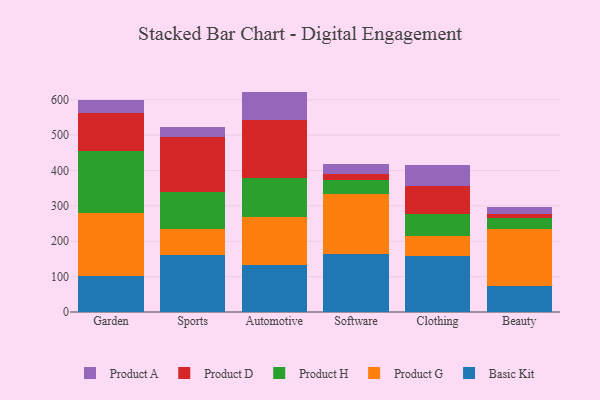
{"axis": {"x": "Category", "y": "Temperature (°C)"}, "legend": ["Basic Kit", "Product A", "Product D", "Product G", "Product H"], "data": [{"x": "Garden", "y": 101.2, "type": "Basic Kit"}, {"x": "Garden", "y": 179.0, "type": "Product G"}, {"x": "Garden", "y": 176.1, "type": "Product H"}, {"x": "Garden", "y": 107.6, "type": "Product D"}, {"x": "Garden", "y": 36.1, "type": "Product A"}, {"x": "Sports", "y": 162.0, "type": "Basic Kit"}, {"x": "Sports", "y": 71.8, "type": "Product G"}, {"x": "Sports", "y": 105.4, "type": "Product H"}, {"x": "Sports", "y": 156.8, "type": "Product D"}, {"x": "Sports", "y": 27.2, "type": "Product A"}, {"x": "Automotive", "y": 132.1, "type": "Basic Kit"}, {"x": "Automotive", "y": 137.3, "type": "Product G"}, {"x": "Automotive", "y": 109.1, "type": "Product H"}, {"x": "Automotive", "y": 163.9, "type": "Product D"}, {"x": "Automotive", "y": 80.6, "type": "Product A"}, {"x": "Software", "y": 164.9, "type": "Basic Kit"}, {"x": "Software", "y": 167.3, "type": "Product G"}, {"x": "Software", "y": 40.9, "type": "Product H"}, {"x": "Software", "y": 17.4, "type": "Product D"}, {"x": "Software", "y": 29.1, "type": "Product A"}, {"x": "Clothing", "y": 158.5, "type": "Basic Kit"}, {"x": "Clothing", "y": 57.3, "type": "Product G"}, {"x": "Clothing", "y": 60.3, "type": "Product H"}, {"x": "Clothing", "y": 80.9, "type": "Product D"}, {"x": "Clothing", "y": 59.1, "type": "Product A"}, {"x": "Beauty", "y": 72.9, "type": "Basic Kit"}, {"x": "Beauty", "y": 160.7, "type": "Product G"}, {"x": "Beauty", "y": 31.4, "type": "Product H"}, {"x": "Beauty", "y": 13.2, "type": "Product D"}, {"x": "Beauty", "y": 19.2, "type": "Product A"}]}